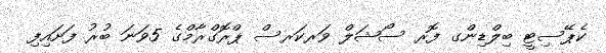
ކެޕޭސިޓީ ބިލްޑިންގ ފޮރ ސޯޝަލް ވަރކަރސް ޕްރޮގްރާމްގެ 5ވަނަ ބުރު ފަށައިފި